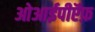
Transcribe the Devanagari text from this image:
ओआईपीऍफ़